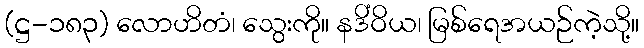
(ဋ္ဌ-၁၈၃) လောဟိတံ၊ သွေးကို။ နဒိံဝိယ၊ မြစ်ရေအယဉ်ကဲ့သို့။